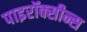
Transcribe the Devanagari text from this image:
पाइरॉक्सीन्स